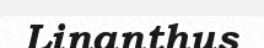
Linanthus